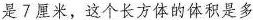
是7厘米，这个长方体的体积是多